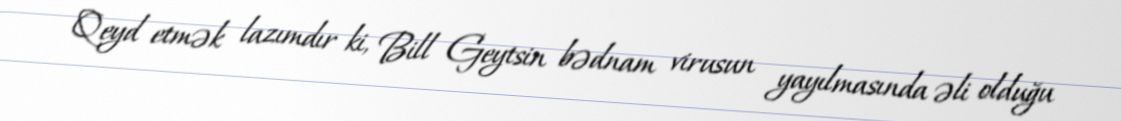
Qeyd etmək lazımdır ki, Bill Geytsin bədnam virusun yayılmasında əli olduğu